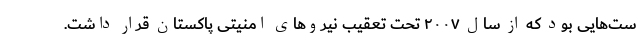
ست‌هایی بود که از سال ۲۰۰۷ تحت تعقیب نیروهای امنیتی پاکستان قرار داشت.